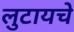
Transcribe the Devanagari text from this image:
लुटायचे